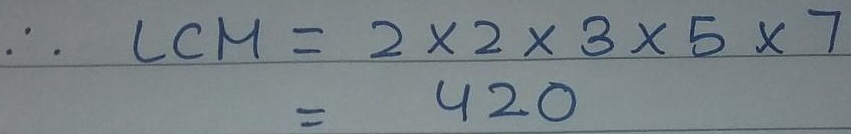
\(\therefore \text{LCM}=2\times2\times3\times5\times7\)
\(= 420\)